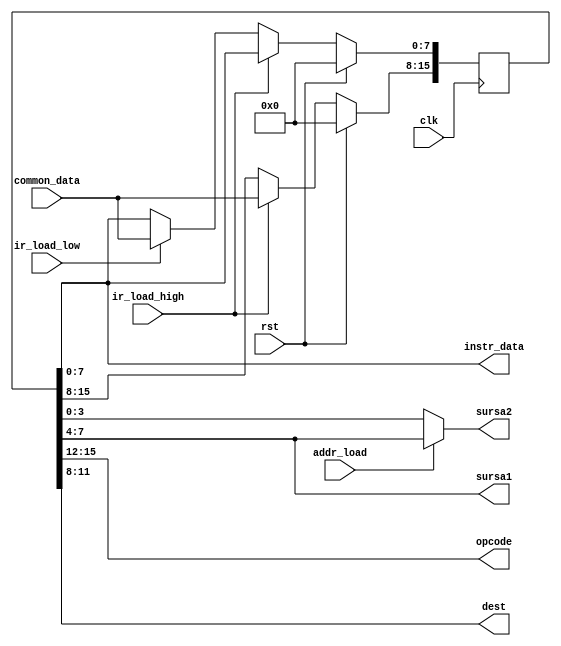
module ir(input wire clk,
            input wire rst,
            input wire ir_load_high,
            input wire ir_load_low,
            input wire [7:0]common_data,
            input wire addr_load,
            output [3:0]opcode,
            output [3:0]dest,
            output [3:0]sursa1,
            output [3:0]sursa2,
            output [7:0]instr_data
            );

reg [15:0] instruction;

always @(posedge clk) begin
    if(rst)
        instruction <= 0;
    else begin
        if(ir_load_high)
            instruction[15:8] <= common_data;
        else if(ir_load_low)
            instruction[7:0] <= common_data;
        else
            instruction <= instruction;
    end
end

assign opcode = instruction[15:12];
assign dest = instruction[11:8];
assign sursa1 = instruction[7:4];
assign sursa2 = addr_load ? instruction[ 7: 4] : instruction[ 3: 0];
assign instr_data = instruction[7:0];

endmodule